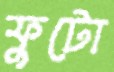
ফুটো